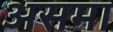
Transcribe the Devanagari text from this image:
असमा